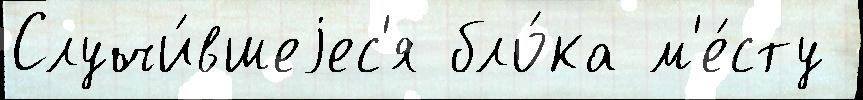
Случи́вшеjес'я бло́ка м'е́сту